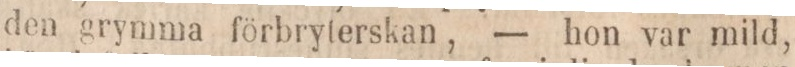
den grymma förbryterskan, — hon var mild,